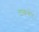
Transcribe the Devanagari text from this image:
टाकणेच